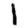
Digit: 1